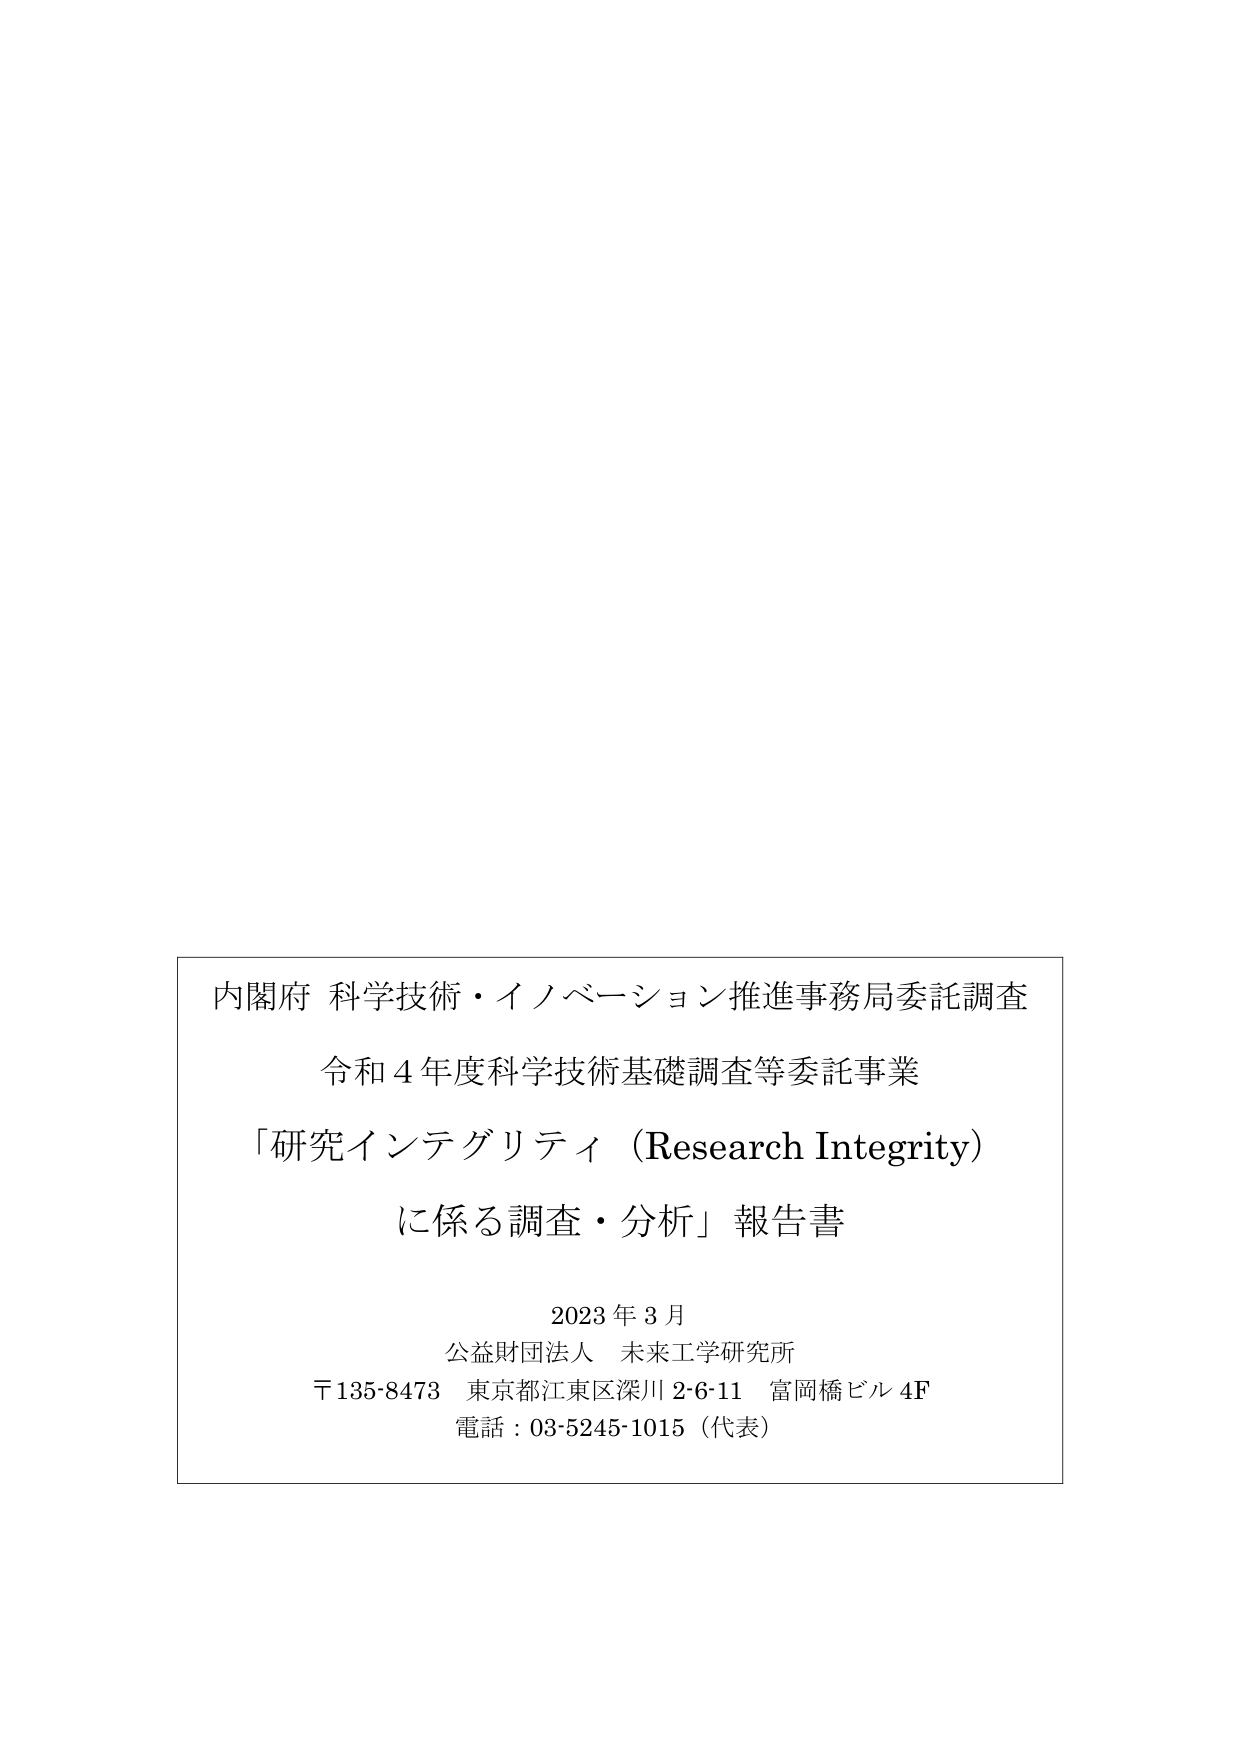
内閣府 科学技術・イノベーション推進事務局委託調査
令和４年度科学技術基礎調査等委託事業
「研究インテグリティ（Research Integrity）
に係る調査・分析」報告書

2023年3月
公益財団法人 未来工学研究所
〒135-8473 東京都江東区深川2-6-11 富岡橋ビル4F
電話：03-5245-1015（代表）